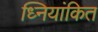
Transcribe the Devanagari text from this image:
ध्नियांकित